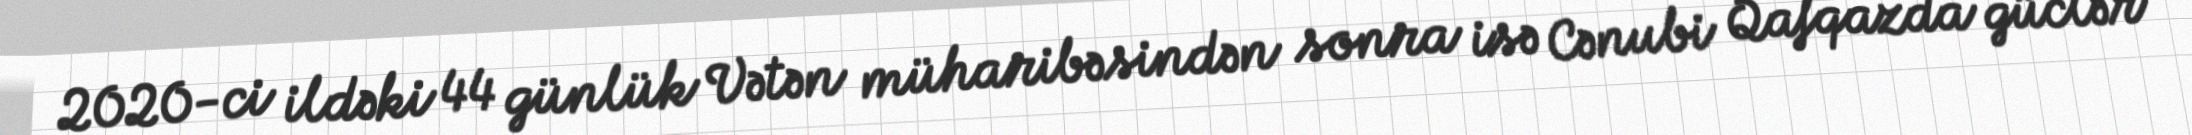
2020-ci ildəki 44 günlük Vətən müharibəsindən sonra isə Cənubi Qafqazda güclər